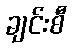
ချင်းစီ